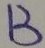
B